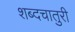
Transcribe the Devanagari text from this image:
शब्दचातुरी